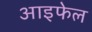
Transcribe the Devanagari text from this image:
आइफेल